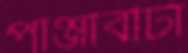
পাঞ্জাবীটা